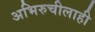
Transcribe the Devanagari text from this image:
अभिरुचीलाही